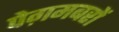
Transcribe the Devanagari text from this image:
पेग़मबरों